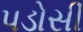
પડોસી